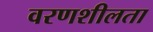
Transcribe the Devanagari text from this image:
वरणशीलता